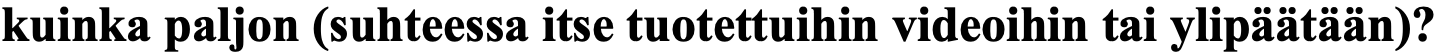
kuinka paljon (suhteessa itse tuotettuihin videoihin tai ylipäätään)?